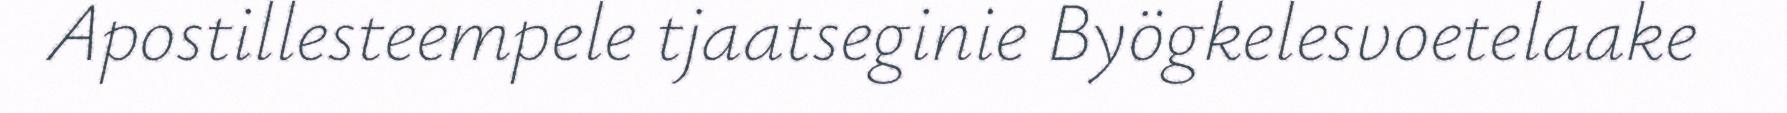
Apostillesteempele tjaatseginie Byögkelesvoetelaake